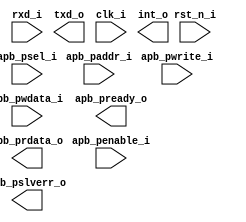
/*******************************************************************************
    Verilog netlist generated by IPGEN Lattice Propel (64-bit)
    2.0.2104292220
    Soft IP Version: 1.2.0
    2021 06 05 14:28:40
*******************************************************************************/
/*******************************************************************************
    Wrapper Module generated per user settings.
*******************************************************************************/
module uart0 (rxd_i, txd_o, clk_i, rst_n_i, int_o, apb_penable_i, apb_psel_i,
    apb_pwrite_i, apb_paddr_i, apb_pwdata_i, apb_pready_o, apb_pslverr_o,
    apb_prdata_o)/* synthesis syn_black_box syn_declare_black_box=1 */;
    input  rxd_i;
    output  txd_o;
    input  clk_i;
    input  rst_n_i;
    output  int_o;
    input  apb_penable_i;
    input  apb_psel_i;
    input  apb_pwrite_i;
    input  [5:0]  apb_paddr_i;
    input  [31:0]  apb_pwdata_i;
    output  apb_pready_o;
    output  apb_pslverr_o;
    output  [31:0]  apb_prdata_o;
endmodule